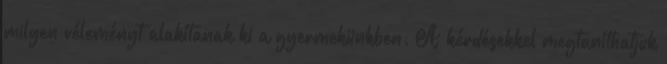
milyen véleményt alakítanak ki a gyermekünkben. A kérdésekkel megtaníthatjuk